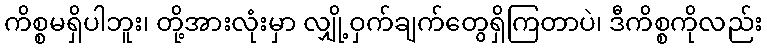
ကိစ္စမရှိပါဘူး၊ တို့အားလုံးမှာ လျှို့ဝှက်ချက်တွေရှိကြတာပဲ၊ ဒီကိစ္စကိုလည်း